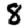
Digit: 8